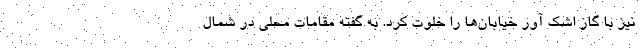
نیز با گاز اشک آور خیابان‌ها را خلوت کرد. به گفته مقامات محلی در شمال